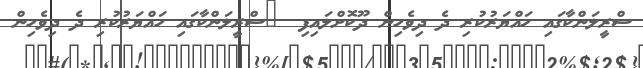
ސްރީލަންކާގައި ހައްޔަރުކުރި ދެ ދިވެހިން ދޫކޮށްލައިފި  	ސްރީލަންކާގައި ހައްޔަރުކުރި ދެ ދިވެހިން